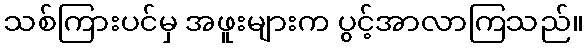
သစ်ကြားပင်မှ အဖူးများက ပွင့်အာလာကြသည်။